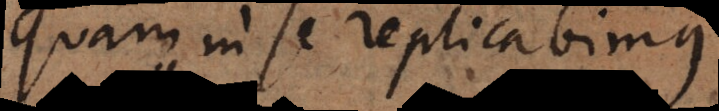
quam in se replicabimus.